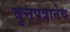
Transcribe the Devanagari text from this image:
वृत्तपत्रानेच